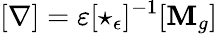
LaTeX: [\mathbf{\nabla}]=\varepsilon[\star_{\epsilon}]^{-1}[\mathbf{M}_{g}]